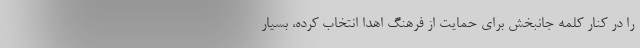
را در کنار کلمه جانبخش برای حمایت از فرهنگ اهدا انتخاب کرده، بسیار